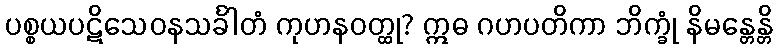
ပစ္စယပဋိသေဝနသင်္ခါတံ ကုဟနဝတ္ထု? ဣဓ ဂဟပတိကာ ဘိက္ခုံ နိမန္တေန္တိ